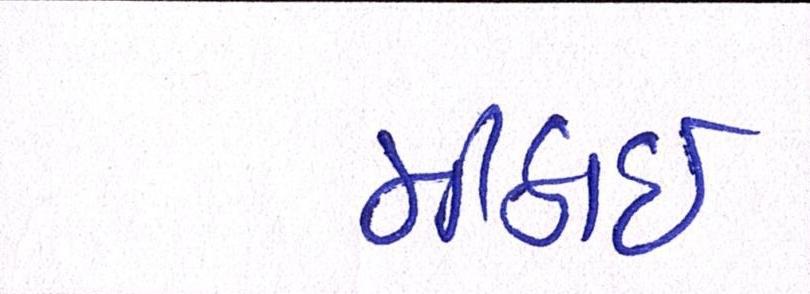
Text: મીઠાઈ